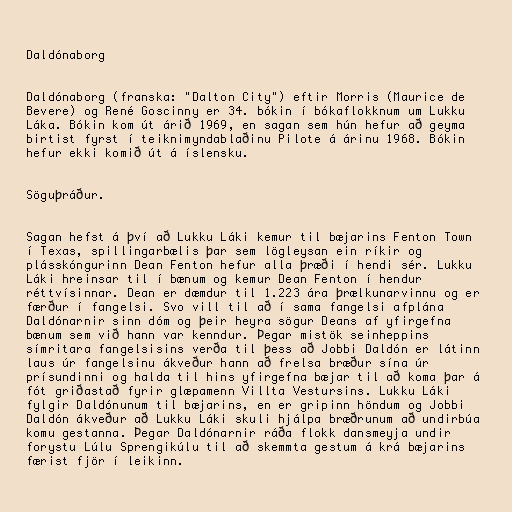
Daldónaborg

Daldónaborg (franska: "Dalton City") eftir Morris (Maurice de
Bevere) og René Goscinny er 34. bókin í bókaflokknum um Lukku
Láka. Bókin kom út árið 1969, en sagan sem hún hefur að geyma
birtist fyrst í teiknimyndablaðinu Pilote á árinu 1968. Bókin
hefur ekki komið út á íslensku.

Söguþráður.

Sagan hefst á því að Lukku Láki kemur til bæjarins Fenton Town
í Texas, spillingarbælis þar sem lögleysan ein ríkir og
plásskóngurinn Dean Fenton hefur alla þræði í hendi sér. Lukku
Láki hreinsar til í bænum og kemur Dean Fenton í hendur
réttvísinnar. Dean er dæmdur til 1.223 ára þrælkunarvinnu og er
færður í fangelsi. Svo vill til að í sama fangelsi afplána
Daldónarnir sinn dóm og þeir heyra sögur Deans af yfirgefna
bænum sem við hann var kenndur. Þegar mistök seinheppins
símritara fangelsisins verða til þess að Jobbi Daldón er látinn
laus úr fangelsinu ákveður hann að frelsa bræður sína úr
prísundinni og halda til hins yfirgefna bæjar til að koma þar á
fót griðastað fyrir glæpamenn Villta Vestursins. Lukku Láki
fylgir Daldónunum til bæjarins, en er gripinn höndum og Jobbi
Daldón ákveður að Lukku Láki skuli hjálpa bræðrunum að undirbúa
komu gestanna. Þegar Daldónarnir ráða flokk dansmeyja undir
forystu Lúlu Sprengikúlu til að skemmta gestum á krá bæjarins
færist fjör í leikinn.